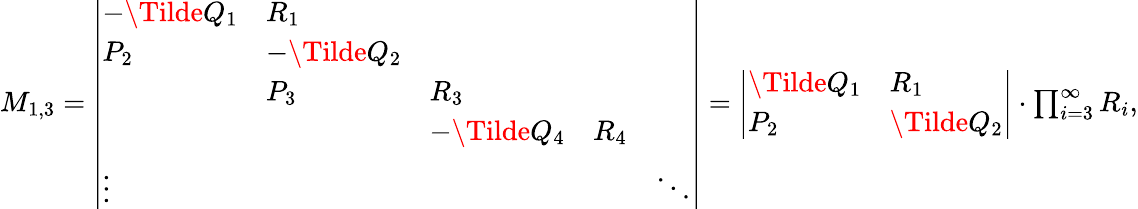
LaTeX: \begin{array}{r}{M_{1,3}=\left|\begin{array}{lllll}{-\Tilde{Q}_{1}}&{R_{1}}&&&\\ {P_{2}}&{-\Tilde{Q}_{2}}&&\\ &{P_{3}}&{R_{3}}&&\\ &&{-\Tilde{Q}_{4}}&{R_{4}}&\\ {\vdots}&&&&{\ddots}\end{array}\right|=\left|\begin{array}{ll}{\Tilde{Q}_{1}}&{R_{1}}\\ {P_{2}}&{\Tilde{Q}_{2}}\end{array}\right|\cdot\prod_{i=3}^{\infty}R_{i},}\end{array}